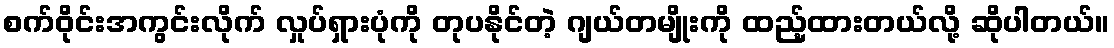
စက်ဝိုင်းအကွင်းလိုက် လှုပ်ရှားပုံကို တုပနိုင်တဲ့ ဂျယ်တမျိုးကို ထည့်ထားတယ်လို့ ဆိုပါတယ်။